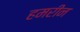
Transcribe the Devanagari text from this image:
हमरीन